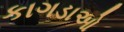
કાગડાઓ